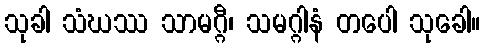
သုခါ သံဃဿ သာမဂ္ဂီ၊ သမဂ္ဂါနံ တပေါ သုခေါ။